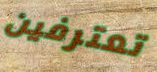
تعترفين